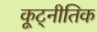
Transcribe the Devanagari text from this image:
कूट्नीतिक